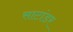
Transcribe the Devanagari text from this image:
साटांडर